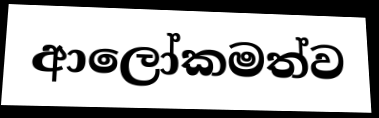
ආලෝකමත්ව